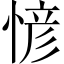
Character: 𢞆